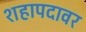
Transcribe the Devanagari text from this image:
शहापदावर